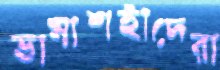
ভাষাশহীদেরা